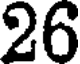
26